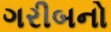
ગરીબનો